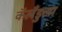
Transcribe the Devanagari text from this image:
कॅलँडुला